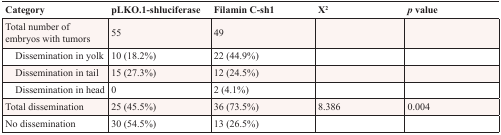
<table><thead><tr><td><b>Category</b></td><td><b>pLKO.1-shluciferase</b></td><td><b>Filamin C-sh1</b></td><td><b>X<sup>2</sup></b></td><td><b><i>p</i> value</b></td></tr></thead><tbody><tr><td>Total number of embryos with tumors</td><td>55</td><td>49</td><td></td><td></td></tr><tr><td> Dissemination in yolk</td><td>10 (18.2%)</td><td>22 (44.9%)</td><td></td><td></td></tr><tr><td> Dissemination in tail</td><td>15 (27.3%)</td><td>12 (24.5%)</td><td></td><td></td></tr><tr><td> Dissemination in head</td><td>0</td><td>2 (4.1%)</td><td></td><td></td></tr><tr><td>Total dissemination</td><td>25 (45.5%)</td><td>36 (73.5%)</td><td>8.386</td><td>0.004</td></tr><tr><td>No dissemination</td><td>30 (54.5%)</td><td>13 (26.5%)</td><td></td><td></td></tr></tbody></table>